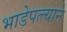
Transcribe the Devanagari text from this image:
भाडेपत्त्याने